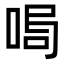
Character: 𠴁